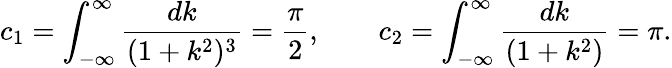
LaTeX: c_{1}=\int_{-\infty}^{\infty}\frac{dk}{(1+k^{2})^{3}}=\frac{\pi}{2},\qquad c_{2}=\int_{-\infty}^{\infty}\frac{dk}{(1+k^{2})}=\pi.